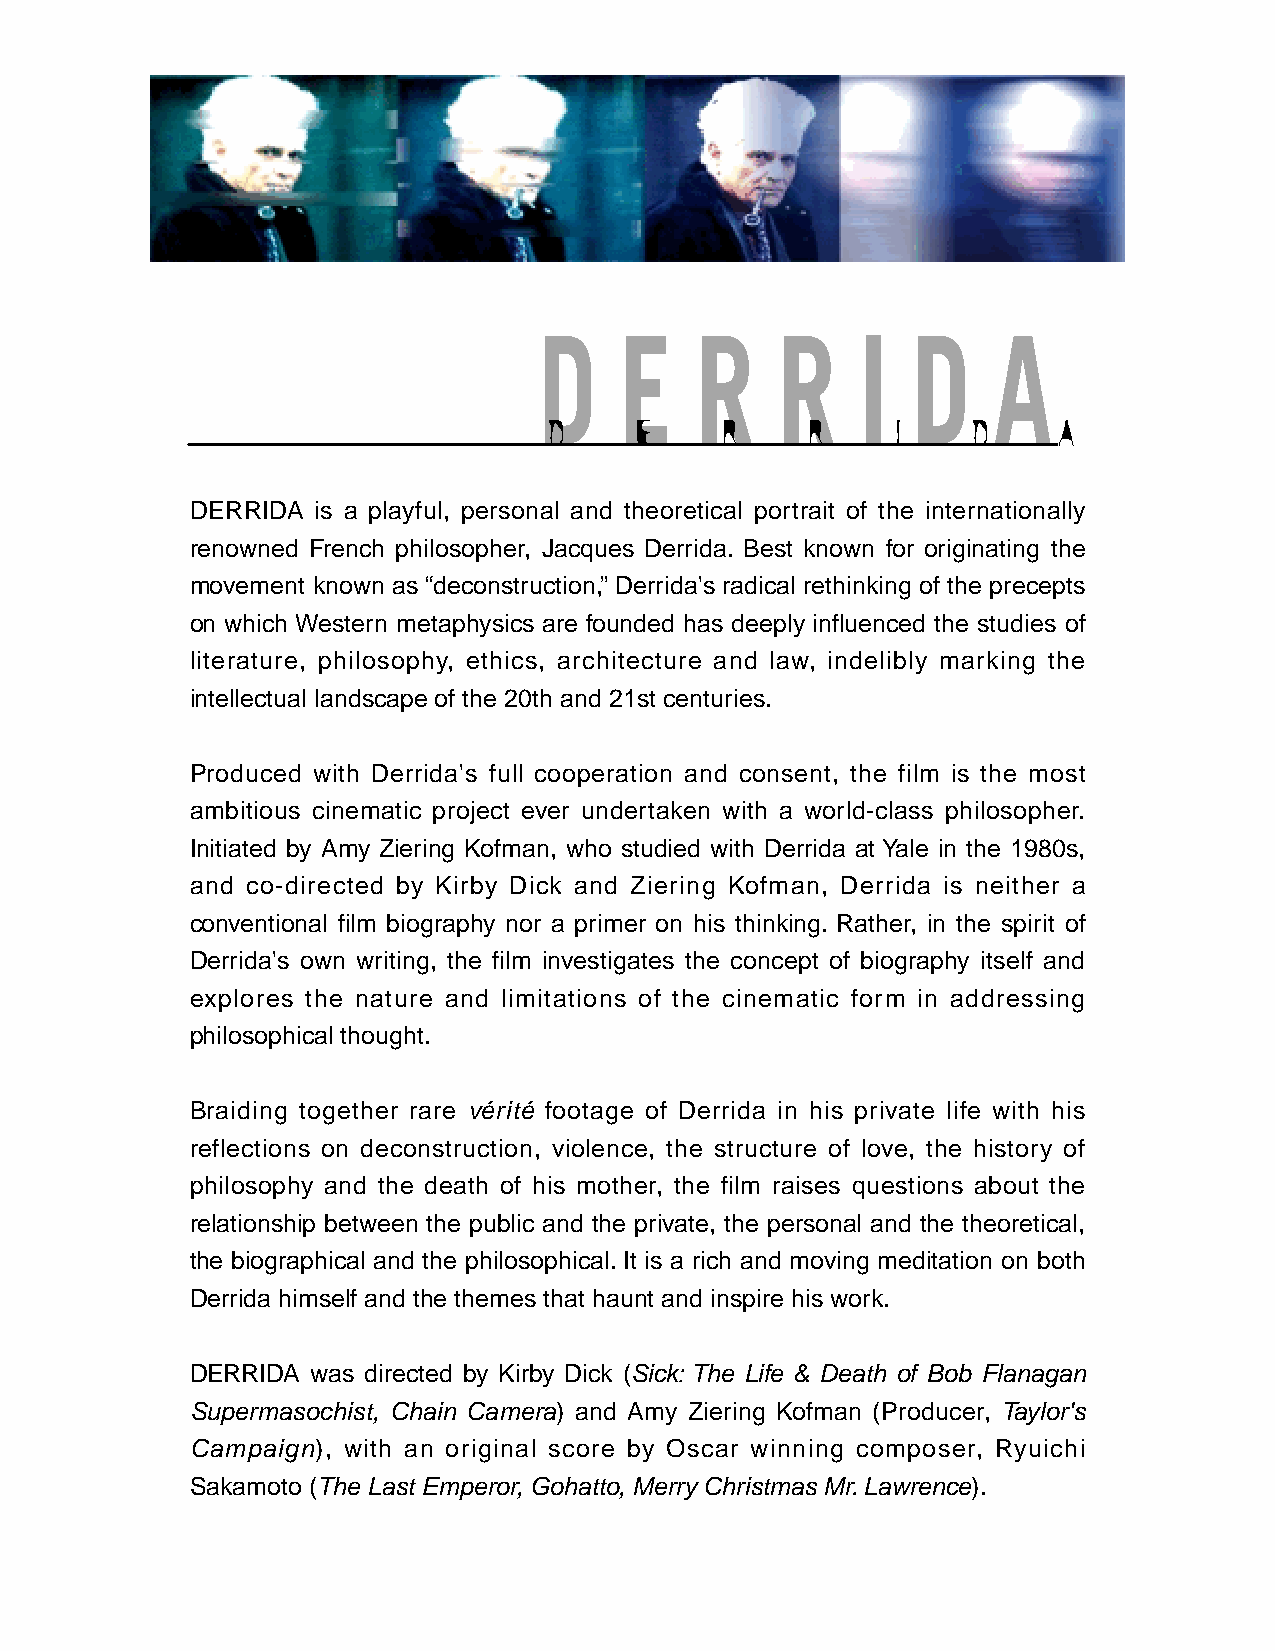
D    E    R    R     I  D     A
 D     E     R    R     I    D     A
 DERRIDA is a playful, personal and theoretical portrait of the internationally
 renowned French philosopher, Jacques Derrida. Best known for originating the
 movement known as “deconstruction,” Derrida's radical rethinking of the precepts
 on which Western metaphysics are founded has deeply influenced the studies of
 literature, philosophy, ethics, architecture and law, indelibly marking the
 intellectual landscape of the 20th and 21st centuries.
 Produced with Derrida's full cooperation and consent, the film is the most
 ambitious cinematic project ever undertaken with a world-class philosopher.
 Initiated by Amy Ziering Kofman, who studied with Derrida at Yale in the 1980s,
 and co-directed by Kirby Dick and Ziering Kofman, Derrida is neither a
 conventional film biography nor a primer on his thinking. Rather, in the spirit of
 Derrida's own writing, the film investigates the concept of biography itself and
 explores the nature and limitations of the cinematic form in addressing
 philosophical thought.
 Braiding together rare vérité footage of Derrida in his private life with his
 reflections on deconstruction, violence, the structure of love, the history of
 philosophy and the death of his mother, the film raises questions about the
 relationship between the public and the private, the personal and the theoretical,
 the biographical and the philosophical.It is a rich and moving meditation on both
 Derrida himself and the themes that haunt and inspire his work.
 DERRIDA was directed by Kirby Dick (Sick: The Life & Death of Bob Flanagan
 Supermasochist, Chain Camera) and Amy Ziering Kofman (Producer, Taylor's
 Campaign), with an original score by Oscar winning composer, Ryuichi
 Sakamoto (The Last Emperor, Gohatto, Merry Christmas Mr.Lawrence).